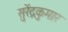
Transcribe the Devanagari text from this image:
सुरेंद्रकुमार